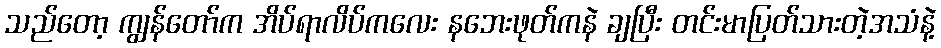
သည်တော့ ကျွန်တော်က အိပ်ရာလိပ်ကလေး နဘေးဖုတ်ကနဲ ချပြီး တင်းမာပြတ်သားတဲ့အသံနဲ့